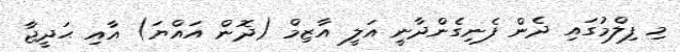
މި ފިލްމުގައި ދެން ފެނިގެންދާނީ އަލީ އާޒިމް (ދޮން އައްޔަ) އާއި ޙަދީޖާ